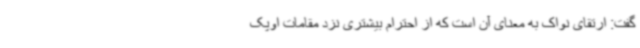
گفت: ارتقای نواک به معنای آن است که از احترام بیشتری نزد مقامات اوپک